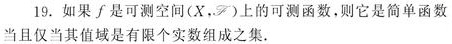
19. 如果 $f$ 是可测空间 $(X,\mathscr{F})$ 上的可测函数,则它是简单函数当且仅当其值域是有限个实数组成之集.